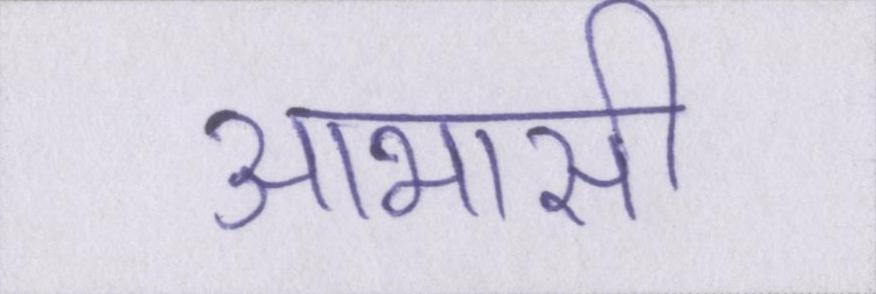
आभासी